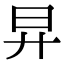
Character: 㫒